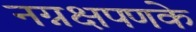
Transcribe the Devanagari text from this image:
नग्नक्षपणके